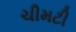
ચીમટી